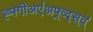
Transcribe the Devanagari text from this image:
ह्फ्गीअए॑अफ्र्व्द्स्व्॑